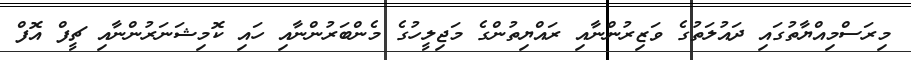
މިރަސްމިއްޔާތުގައި ދައުލަތުގެ ވަޒިރުންނާއި ރައްޔިތުންގެ މަޖިލީހުގެ މެންބަރުންނާއި ހައި ކޮމިޝަނަރުންނާއި ޗީފް އޮފް